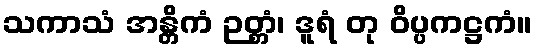
သကာသံ အန္တိကံ ဉတ္တံ၊ ဒူရံ တု ဝိပ္ပကဋ္ဌကံ။